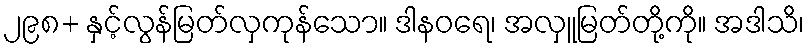
၂၉၈+ နှင့်လွန်မြတ်လှကုန်သော။ ဒါနဝရေ၊ အလှူမြတ်တို့ကို။ အဒါသိ၊